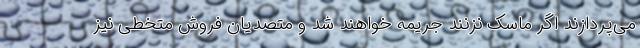
می‌پردازند اگر ماسک نزنند جریمه خواهند شد و متصدیان فروش متخطی نیز